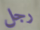
رجل